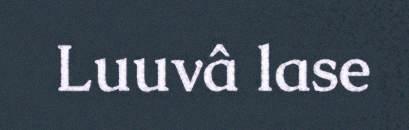
Luuvâ lase